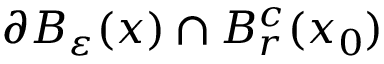
\partial B _ { \varepsilon } ( x ) \cap B _ { r } ^ { c } ( x _ { 0 } )